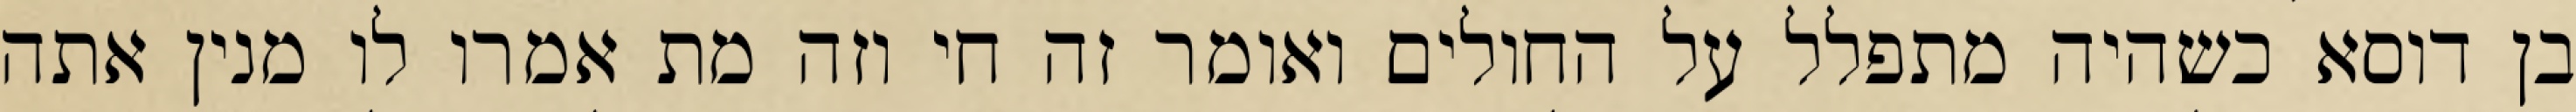
בן דוסא כשהיה מתפלל על החולים ואומר זה חי וזה מת אמרו לו מנין אתה